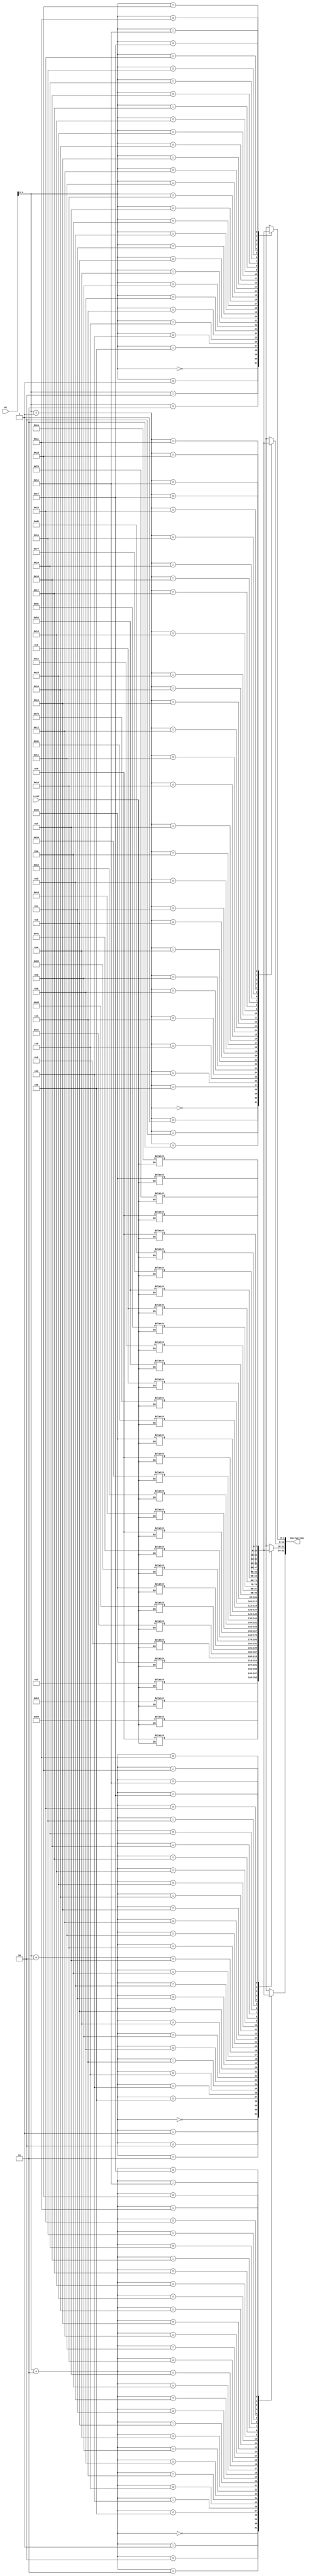
`timescale 1ns / 1ps
//Instruction Memory holds the instructions and are fetched by processor based on Program Counter
//Each Instruction is stored as 4 8bit values = 32 bit

module Instruction_Memory(reset,PC, Instruction);

input reset;
input [31:0] PC;
output [31:0] Instruction ;

reg [7:0] memory [31:0] ;

  assign Instruction = {memory[PC+3],memory[PC+2],memory[PC+1],memory[PC]};

    // Initialise memory when reset is one
    always @(reset)
    begin
        if(reset == 1)
        begin


           //Setting 32-bit instruction: load 0280b503 x10 = Mem[x1+8]
           memory[3] = 8'h00;
           memory[2] = 8'h80;
           memory[1] = 8'hb5;
           memory[0] = 8'h03;
           // Setting 32-bit instruction: sub 40310233 x4 = x3 - x1
           memory[7] = 8'h40;
           memory[6] = 8'h31;
           memory[5] = 8'h02;
           memory[4] = 8'h33;
                       // Setting 32-bit instruction: add 00418633 x12 = x4 + x3
           memory[11] = 8'h00;
           memory[10] = 8'h41;
           memory[9] = 8'h86;
           memory[8] = 8'h33;
////          
         // Setting 32-bit instruction: sw Mem[x3+13] = x5
           memory[15] = 8'h00;
           memory[14] = 8'h36;
           memory[13] = 8'ha2;
           memory[12] = 8'ha3;
//           
            // Setting 32-bit instruction: xor x28, x22,x23 => 0x017b4e33
           memory[19] = 8'h01;
           memory[18] = 8'h7b;
           memory[17] = 8'h4e;
           memory[16] = 8'h33;
   
     //         Setting 32-bit instruction: sll x29, x24,x25
           memory[23] = 8'h01;
           memory[22] = 8'h9c;
           memory[21] = 8'h1e;
           memory[20] = 8'hb3;
           
////        
            // Setting 32-bit instruction: and x31,x12, x13
           memory[27] = 8'h00;
           memory[26] = 8'hd6;
           memory[25] = 8'h7f;
           memory[24] = 8'hb3;
////           x16 = x15 or x1
           memory[31] = 8'h00;
           memory[30] = 8'hf0;
           memory[29] = 8'hea;
           memory[28] = 8'h33;
        end
    end

endmodule